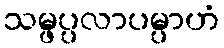
သမ္ဖပ္ပလာပမ္ပာဟံ